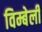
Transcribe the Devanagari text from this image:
विम्बेर्ली